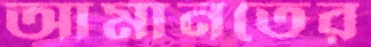
আমানতের